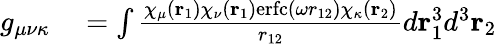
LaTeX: \begin{array}{rl}{g_{\mu\nu\kappa}}&{{}=\int\frac{\chi_{\mu}(\mathbf{r}_{1})\chi_{\nu}(\mathbf{r}_{1})\mathrm{erfc}(\omega r_{12})\chi_{\kappa}(\mathbf{r}_{2})}{r_{12}}d\mathbf{r}_{1}^{3}d^{3}\mathbf{r}_{2}}\end{array}